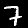
Digit: 7